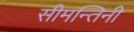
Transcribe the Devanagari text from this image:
सीमन्तिनी